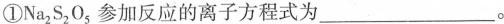
①Na_{2} S_{2} O_{5} 参加反应的离子方程式为 ___。